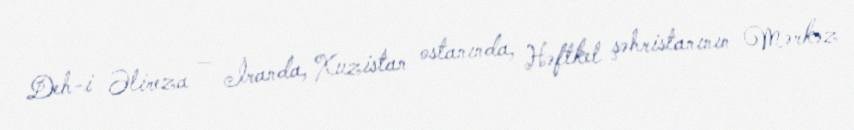
Deh-i Əlireza — İranda, Xuzistan ostanında, Həftkel şəhristanının Mərkəz